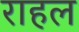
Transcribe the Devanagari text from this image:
राहल